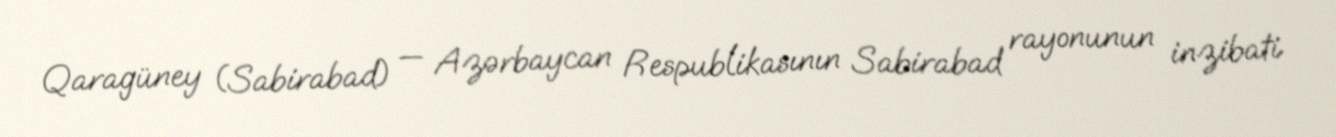
Qaragüney (Sabirabad) — Azərbaycan Respublikasının Sabirabad rayonunun inzibati